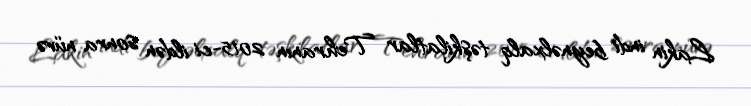
Lakin indi beynəlxalq təşkilatlar Tehranın 2015-ci ildən sonra nüvə